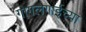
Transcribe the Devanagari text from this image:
गोगलगाईच्या